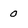
Character: 0